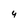
Character: 4